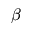
\beta